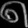
Digit: ၈